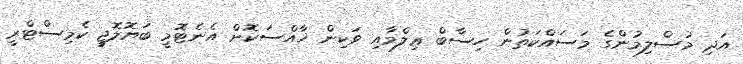
އަދި މުސްލިމުންގެ މަސައްކަތުން ހިސާބް ޢިލްމާއި ވަކިން ޚާއްސަކޮށް އެނެޓޮމީ ބަޔޮލޮޖީ ކެމިސްޓްރީ